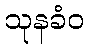
သုနခံဝ